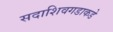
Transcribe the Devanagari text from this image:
सदाशिवगडाकडे